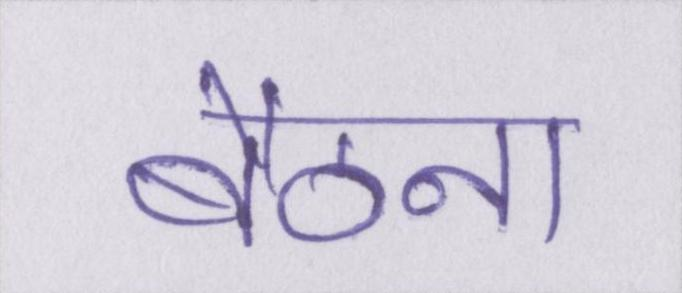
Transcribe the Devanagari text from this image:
बैठना